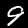
Digit: 9